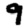
Digit: 9